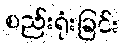
စည်းရုံးခြင်း